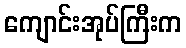
ကျောင်းအုပ်ကြီးက